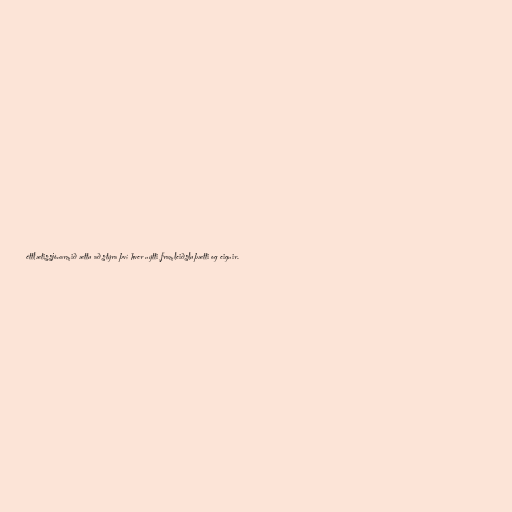
éttlætissjónarmið ættu að stýra því hver nýtti framleiðsluþætti og eignir.